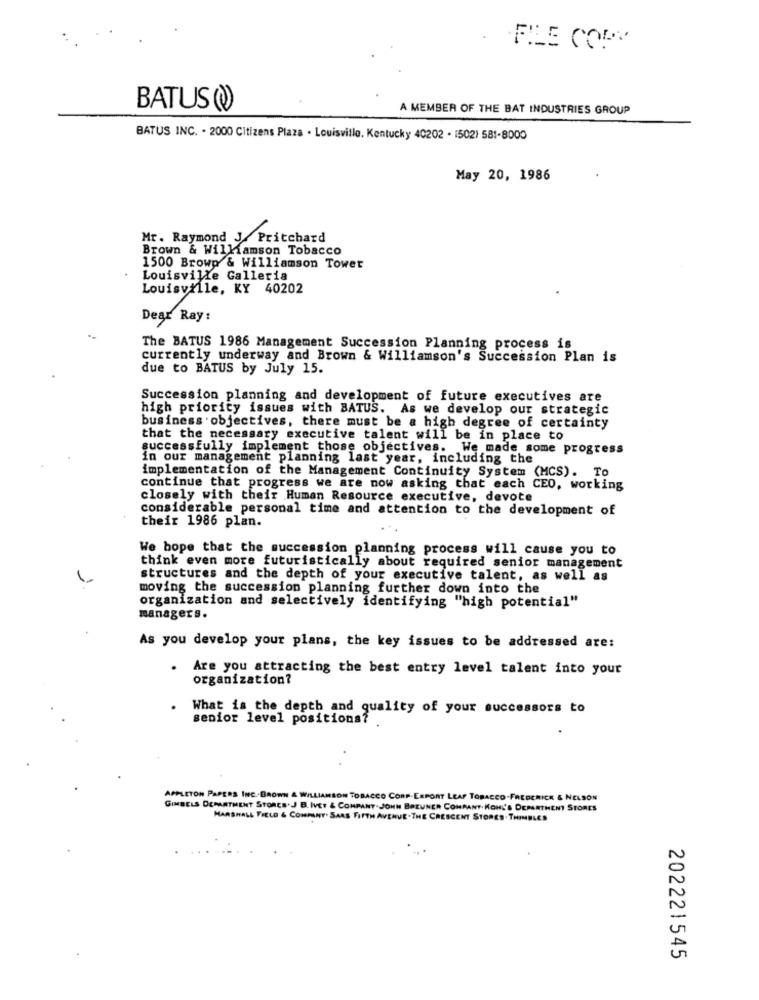
.
BATUS(@)
A MEMBER OF THE BAT INDUSTRIES GROUP
BATUS INC. - 2000 Citizens Plaza . Louisville, Kentucky 40202 - 1502) 581-8000
May 20, 1986
Mr. Raymond J/Pritchard
Brown & Williamson Tobacco
1500 Browp & Williamson Tower
Louisville Galleria
Louisville, KY 40202
Dear Ray :
The BATUS 1986 Management Succession Planning process is
currently underway and Brown & Williamson's Succession Plan is
due to BATUS by July 15.
Succession planning and development of future executives are
high priority issues with BATUS. As we develop our strategic
business objectives, there must be a high degree of certainty
that the necessary executive talent will be in place to
successfully implement those objectives. We made some progress
in our management planning last year, including the
implementation of the Management Continuity System (MCS). To
continue that progress we are now asking that each CEO, working
closely with their Human Resource executive, devote
considerable personal time and attention to the development of
their 1986 plan.
We hope that the succession planning process will cause you to
think even more futuristically about required senior management
structures and the depth of your executive talent, as well as
moving the succession planning further down into the
organization and selectively identifying "high potential"
managers.
As you develop your plans, the key issues to be addressed are:
.
Are you attracting the best entry level talent into your
organization?
What is the depth and quality of your successors to
senior level positions?
APPLETON PAPERS INC .- BROWN & WILLIAMSON TOBACCO CORP-EXPORT LEAF TOBACCO.FREDERICK & NELSON
GIMBELS DEPARTMENT STORES.J. B. IVEY & COMPANY.JOHN BREUNER COMPANY. KOHL'S DEPARTMENT STORES
MARSHALL FIELD & COMPANY. SARS FIFTH AVENUE.THE CRESCENT STORES. THIMBLES
202221545